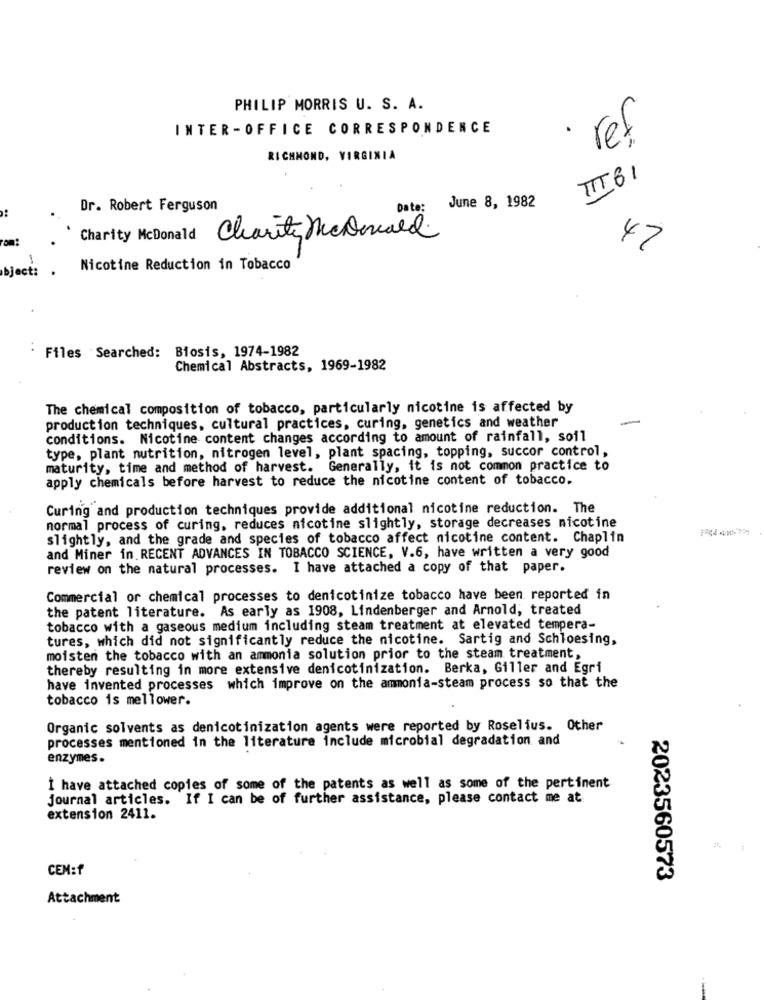
PHILIP MORRIS U. S. A.
INTER-OFFICE CORRESPONDENCE
· ref
RICHMOND, VIRGINIA
TIT 61
Dr. Robert Ferguson
Date:
June 8, 1982
rom:
Charity McDonald
Charity connard
47
object:
Nicotine Reduction in Tobacco
Files . Searched: Biosis, 1974-1982
Chemical Abstracts, 1969-1982
The chemical composition of tobacco, particularly nicotine is affected by
production techniques, cultural practices, curing, genetics and weather
conditions. Nicotine content changes according to amount of rainfall, soil
type, plant nutrition, nitrogen level, plant spacing, topping, succor control,
maturity, time and method of harvest. Generally, it is not common practice to
apply chemicals before harvest to reduce the nicotine content of tobacco.
Curing and production techniques provide additional nicotine reduction. The
normal process of curing, reduces nicotine slightly, storage decreases nicotine
slightly, and the grade and species of tobacco affect nicotine content. Chaplin
and Miner in RECENT ADVANCES IN TOBACCO SCIENCE, V.6, have written a very good
review on the natural processes. I have attached a copy of that paper.
Commercial or chemical processes to denicotinize tobacco have been reported in
the patent literature. As early as 1908, Lindenberger and Arnold, treated
tobacco with a gaseous medium including steam treatment at elevated tempera-
tures, which did not significantly reduce the nicotine. Sartig and Schloesing,
moisten the tobacco with an ammonia solution prior to the steam treatment,
thereby resulting in more extensive denicotinization. Berka, Giller and Egri
have invented processes which improve on the ammonia-steam process so that the
tobacco is mellower.
Organic solvents as denicotinization agents were reported by Roselius. Other
processes mentioned in the literature include microbial degradation and
enzymes.
I have attached copies of some of the patents as well as some of the pertinent
journal articles. If I can be of further assistance, please contact me at
extension 2411.
CEN:f
2023560573
Attachment